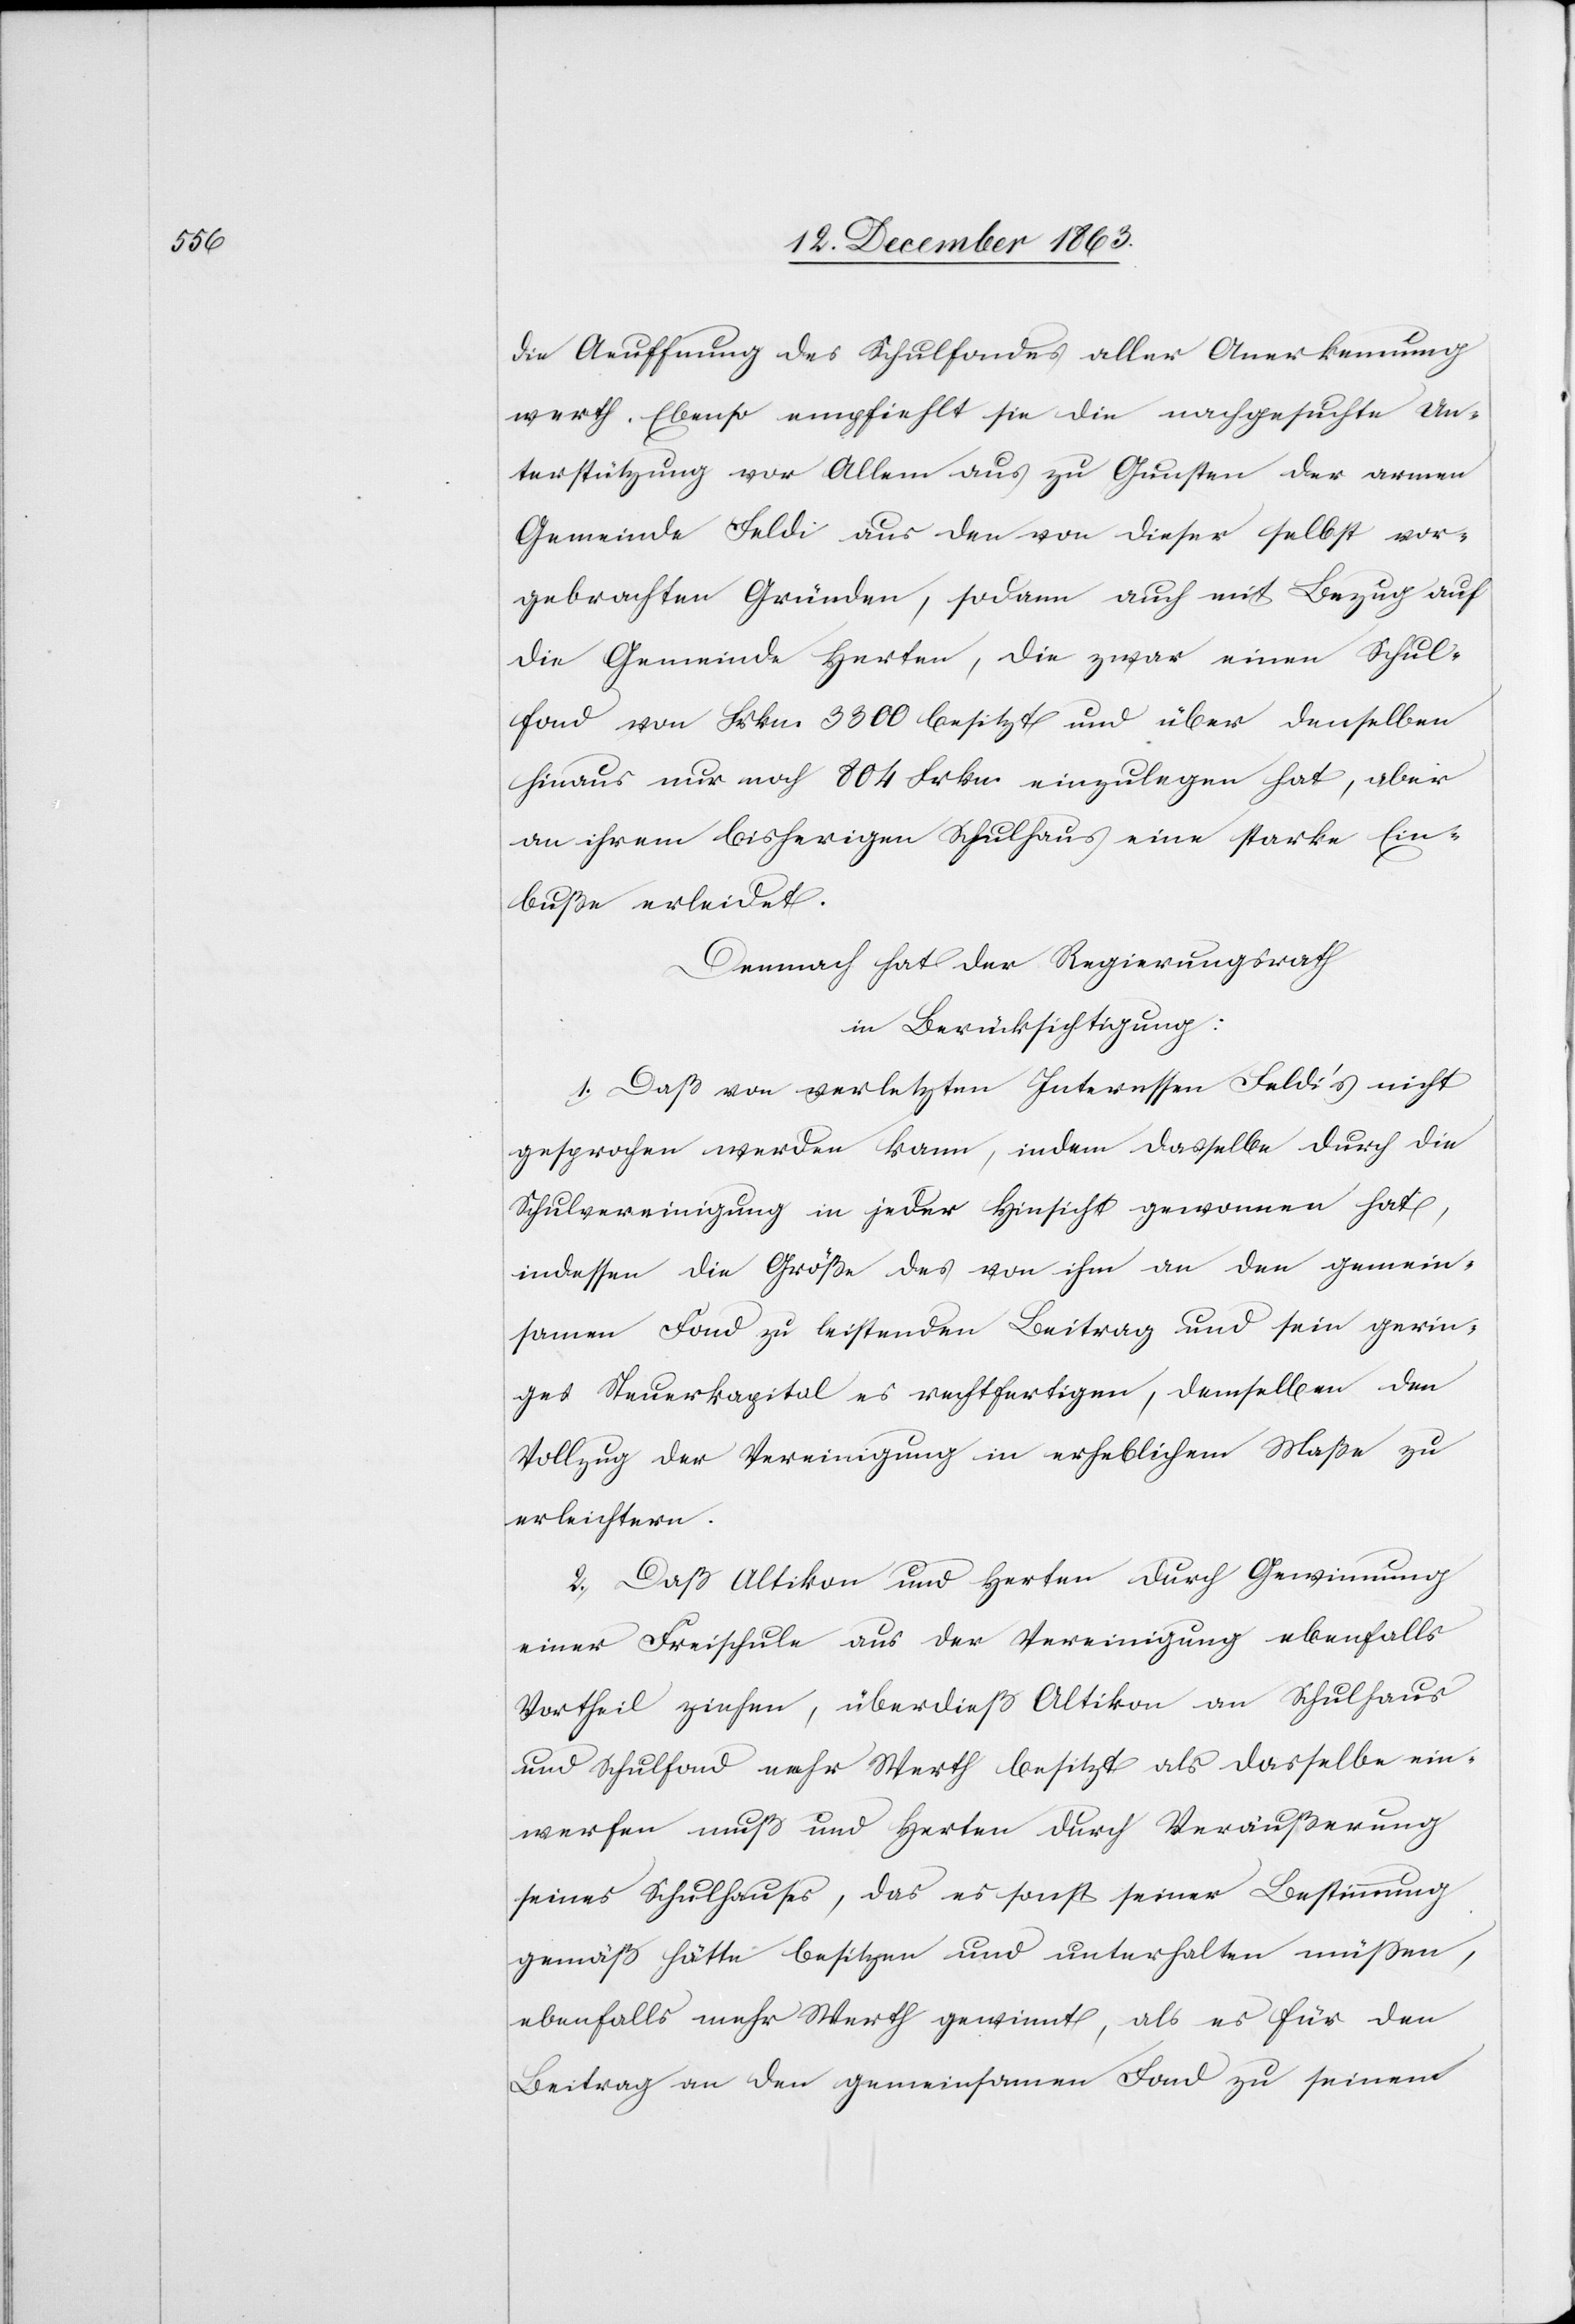
die Aeuffnung des Schulfondes aller Anerkennung
werth. Ebenso empfiehlt sie die nachgesuchte Un¬
terstützung vor Allem aus zu Gunsten der armen
Gemeinde Feldi aus den von dieser selbst vor¬
gebrachten Gründen, sodann auch mit Bezug auf
die Gemeinde Herten, die zwar einen Schul¬
fond von Frkn. 3300 besitzt und über denselben
hinaus nur noch 804 Frkn. einzulegen hat, aber
an ihrem bisherigen Schulhaus eine starke Ein¬
buße erleidet.
Demnach hat der Regierungsrath
in Berücksichtigung:
1.) Daß von verletzten Interessen Feldi's nicht
gesprochen werden kann, indem dasselbe durch die
Schulvereinigung in jeder Hinsicht gewonnen hat,
indessen die Größe des von ihm an den gemein¬
samen Fond zu leistenden Beitrag und sein gerin¬
ges Steuerkapital es rechtfertigen, demselben den
Vollzug der Vereinigung in erheblichem Maße zu
erleichtern.
2.) Daß Altikon und Herten durch Gewinnung
einer Freischule aus der Vereinigung ebenfalls
Vortheil ziehen, überdieß Altikon an Schulhaus
und Schulfond mehr Werth besitzt als dasselbe ein¬
werfen muß und Herten durch Veräußerung
seines Schulhauses, das es sonst seiner Bestimmung
gemäß hätte besitzen und unterhalten müssen,
ebenfalls mehr Werth gewinnt, als es für den
Beitrag an den gemeinsamen Fond zu seinem